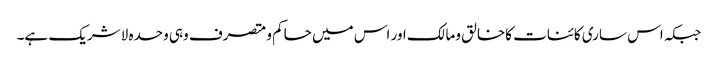
جبکہ اس ساری کائنات کاخالق ومالک اور اس میں حاکم ومتصرف وہی وحدہ لاشریک ہے۔